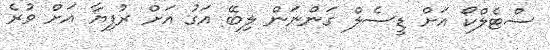
ސްޓެލްކޯ އަށް ޑީސެލް ގަންނަން ލިބޭ އަގު އަށް ރުފިޔާ އަށް ވުރެ